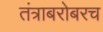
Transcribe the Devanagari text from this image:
तंत्राबरोबरच